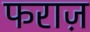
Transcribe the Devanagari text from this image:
फराज़